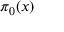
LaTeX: \pi _ { 0 } ( x )